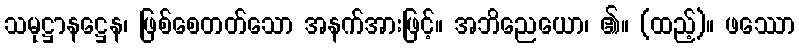
သမုဋ္ဌာနဋ္ဌေန၊ ဖြစ်စေတတ်သော အနက်အားဖြင့်။ အဘိညေယော၊ ၏။ (ထည့်)။ ဖဿော